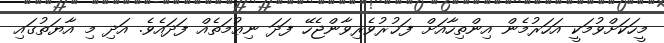
މީހަކަށްވުމަކީ އަހަރުމެން އިންތިހާއަށް ފަޚުރުވެރިވާންޖެހޭ ފަދަ ނިޢުމަތެއް ފަދައެވެ. އަދި މި އާޔަތުގައި